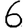
Digit: 6